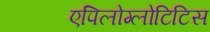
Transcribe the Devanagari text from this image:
एपिलोग्लोटिटिस